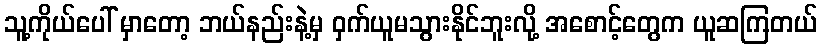
သူ့ကိုယ်ပေါ် မှာတော့ ဘယ်နည်းနဲ့မှ ဝှက်ယူမသွားနိုင်ဘူးလို့ အစောင့်တွေက ယူဆကြတယ်